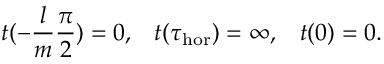
t ( - \frac { l } { m } \frac { \pi } { 2 } ) = 0 , \; \; \; t ( \tau _ { \mathrm { h o r } } ) = \infty , \; \; \; t ( 0 ) = 0 .